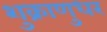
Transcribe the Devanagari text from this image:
शुक्राणुधर